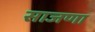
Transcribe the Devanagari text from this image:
साजणा